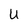
Character: u